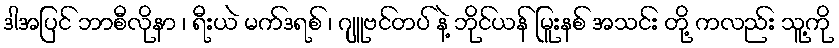
ဒါအပြင် ဘာစီလိုနာ ၊ ရီးယဲ မက်ဒရစ် ၊ ဂျူဗင်တပ် နဲ့ ဘိုင်ယန် မြူးနစ် အသင်း တို့ ကလည်း သူ့ကို